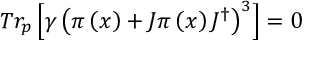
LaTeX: T r _ { p } \left[ \gamma \left( \pi \left( x \right) + J \pi \left( x \right) J ^ { \dagger } \right) ^ { 3 } \right] = 0